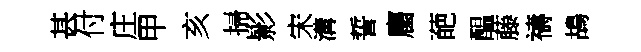
甚付庄甲亥掃影宋溝誓麕葩醖藤禱鴣